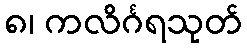
၈၊ ကလိင်္ဂရသုတ်